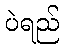
ပဲရည်